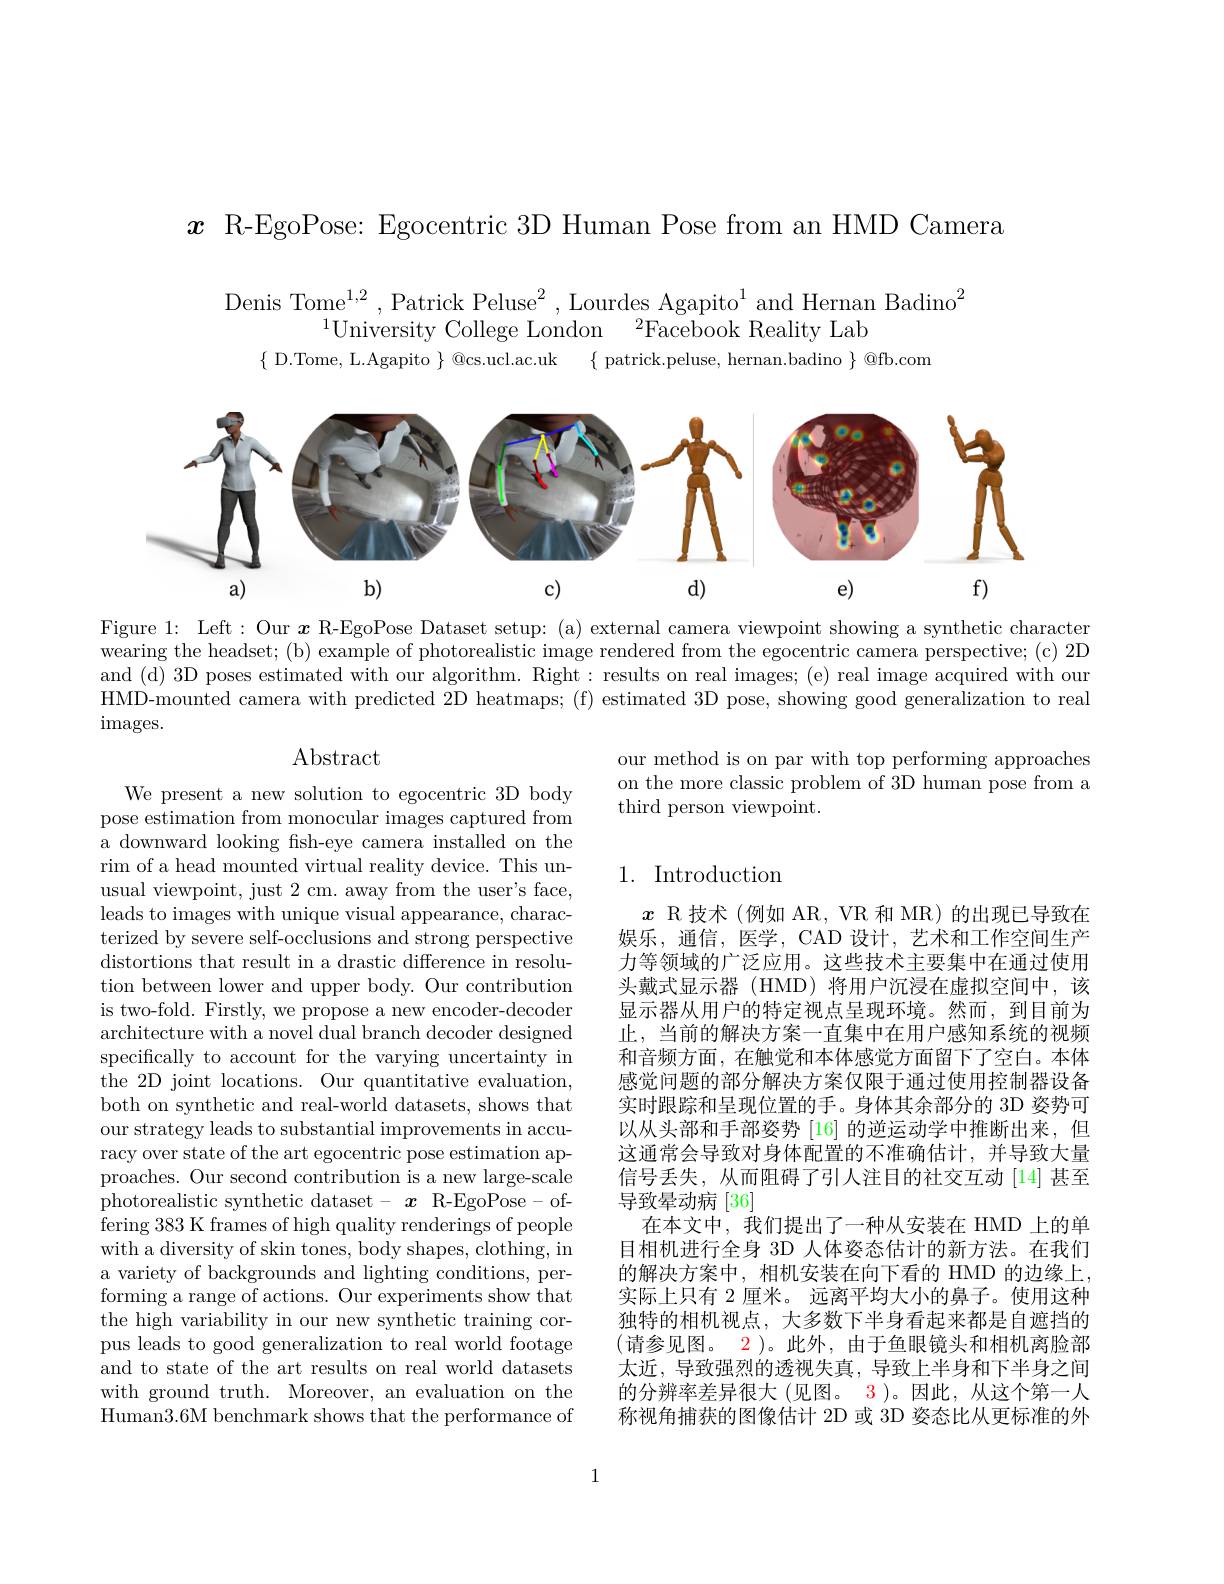
$x$ R-EgoPose: Egocentric 3D Human Pose from an HMD Camera

Denis Tome$^1,2$,Patrick Peluse$^2$,Lourdes Agapito$^1$and Hernan Badino$^2$
$^{1}$University College London$^2$Facebook Reality Lab
$\{$ D.Tome, L.Agapito $\}$ @cs.ucl.ac.uk $\{$ patrick.peluse, hernan.badino $\}$ @fb.com

<FigureHere>

Figure 1: Left: Our $x$ R-EgoPose Dataset setup: (a) external camera viewpoint showing a synthetic character wearing the headset; (b) example of photorealistic image rendered from the egocentric camera perspective; (c) 2D and (d) 3D poses estimated with our algorithm. Right: results on real images; (e) real image acquired with our HMD-mounted camera with predicted 2D heatmaps; (f) estimated 3D pose, showing good generalization to real images.

Abstract

our method is on par with top performing approaches on the more classic problem of 3D human pose from a third person viewpoint.

## 1. Introduction

We present a new solution to egocentric 3D body pose estimation from monocular images captured from a downward looking fsh-eye camera installed on the rim of a head mounted virtual reality device. This unusual viewpoint, just 2 cm. away from the user's face, leads to images with unique visual appearance, characterized by severe self-occlusions and strong perspective distortions that result in a drastic difference in resolution between lower and upper body. Our contribution is two-fold. Firstly, we propose a new encoder-decoder architecture with a novel dual branch decoder designed specifically to account for the varying uncertainty in the 2D joint locations. Our quantitative evaluation, both on synthetic and real-world datasets, shows that our strategy leads to substantial improvements in accuracy over state of the art egocentric pose estimation approaches. Our second contribution is a new large-scale photorealistic synthetic dataset- $x$ R-EgoPose-offering 383 K frames of high quality renderings of people with a diversity of skin tones, body shapes, clothing, in a variety of backgrounds and lighting conditions, performing a range of actions. Our experiments show that the high variability in our new synthetic training corpus leads to good generalization to real world footage and to state of the art results on real world datasets with ground truth. Moreover, an evaluation on the Human3.6M benchmark shows that the performance of

$x$ R 技术(例如 AR, VR 和 MR)的出现已导致在娱乐，通信，医学，CAD 设计，艺术和工作空间生产力等领域的广泛应用。这些技术主要集中在通过使用头戴式显示器(HMD)将用户沉浸在虚拟空间中，该显示器从用户的特定视点呈现环境。然而，到目前为止，当前的解决方案一直集中在用户感知系统的视频和音频方面，在触觉和本体感觉方面留下了空白。本体感觉问题的部分解决方案仅限于通过使用控制器设备实时跟踪和呈现位置的手。身体其余部分的 3D 姿势可以从头部和手部姿势[16]的逆运动学中推断出来，但这通常会导致对身体配置的不准确估计，并导致大量信号丢失，从而阻碍了引人注目的社交互动[14]甚至导致晕动病[36]
在本文中，我们提出了一种从安装在 HMD 上的单目相机进行全身 3D 人体姿态估计的新方法。在我们的解决方案中，相机安装在向下看的 HMD 的边缘上， 实际上只有 2 厘米。远离平均大小的鼻子。使用这种独特的相机视点，大多数下半身看起来都是自遮挡的(请参见图。2)。此外，由于鱼眼镜头和相机离脸部太近，导致强烈的透视失真，导致上半身和下半身之间的分辨率差异很大(见图。3)。因此，从这个第一人称视角捕获的图像估计 2D 或 3D 姿态比从更标准的外

1